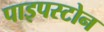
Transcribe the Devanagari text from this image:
पाइपस्टोन